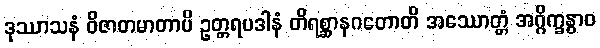
ဒုဿာသနံ ဝိဇာတမာတာပိ ဥတ္တရပဒါနံ တိရစ္ဆာနဂတောတိ အဿောတ္တံ အဂ္ဂိက္ခန္ဓာဝ